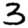
Digit: 3